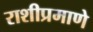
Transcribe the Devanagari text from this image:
राशीप्रमाणे